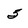
Character: 5